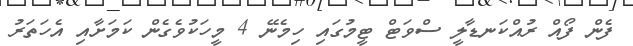
ފެން ފޯއް ރުއްކަނޑާލީ ސްވަޓް ޓީމުގައި ހިމެނޭ 4 މީހަކުވެގެން ކަމަށާއި އެހަތަރު